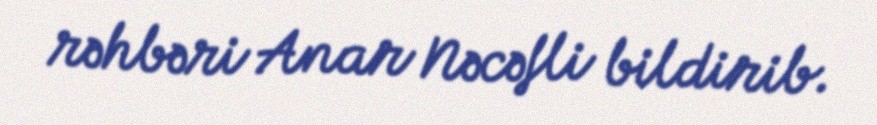
rəhbəri Anar Nəcəfli bildirib.